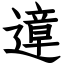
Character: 遧